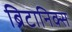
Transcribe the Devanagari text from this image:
ब्रिटानिक्स